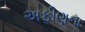
અફીણના